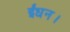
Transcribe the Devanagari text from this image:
ईंधन।